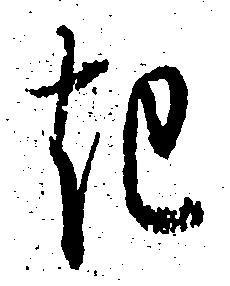
き